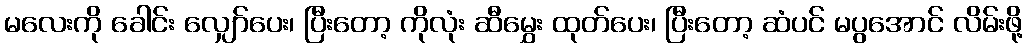
မလေးကို ခေါင်း လျှော်ပေး၊ ပြီးတော့ ကိုလုံး ဆီမွှေး ထုတ်ပေး၊ ပြီးတော့ ဆံပင် မပွအောင် လိမ်းဖို့